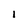
Character: l